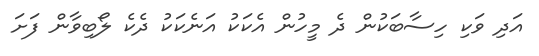
އަދި ވަކި ހިސާބަކުން ދެ މީހުން އެކަކު އަނެކަކު ދެކެ ލޯބިވާން ފަށަ